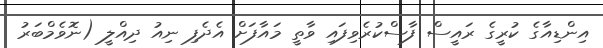
އިންޑިއާގެ ކުރީގެ ރައީސް ފާސްކުރެވިފައި ވާތީ މައާފަށް އެދެފި ނިއު ދިއްލީ (ނޮވެމްބަރު